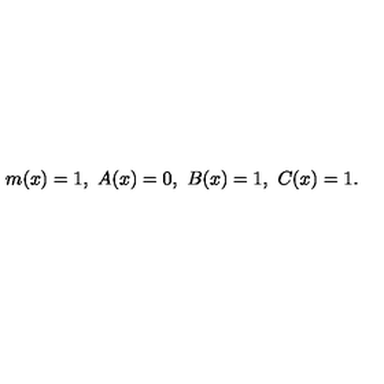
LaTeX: m ( x ) = 1 , \ A ( x ) = 0 , \ B ( x ) = 1 , \ C ( x ) = 1 .